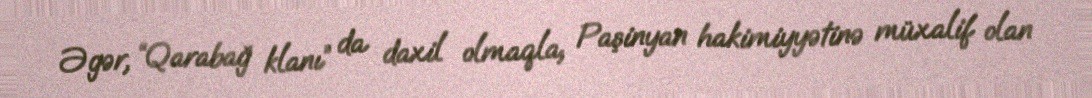
Əgər, “Qarabağ klanı” da daxil olmaqla, Paşinyan hakimiyyətinə müxalif olan